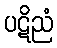
ပဋိညံ